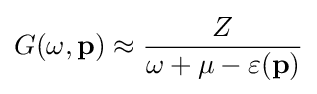
G(\omega ,\mathbf {p} )\approx {\frac {Z}{\omega +\mu -\varepsilon (\mathbf {p} )}}